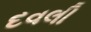
દવલી